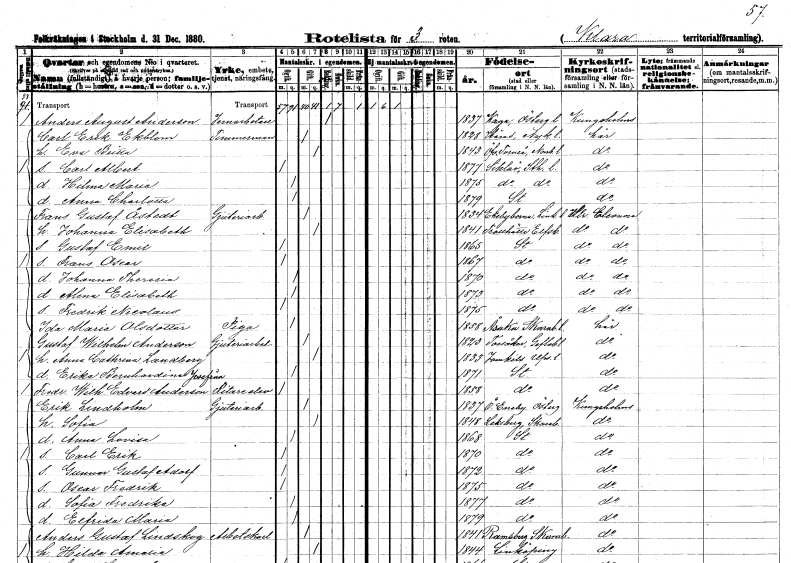
gt_parse: households: individuals: FN: Anders August
EN: Anderson
YRKE: Järnarbetare
KON: M
CIV: E
FODAR: 1837
FODFORS: Kaga Östergötlands län
FN: Carl Erik
EN: Ekblom
YRKE: Timmerman
KON: M
CIV: G
FODAR: 1828
FODFORS: Härad Södermanlands län
FN: Eva Britta
KON: K
CIV: G
FODAR: 1843
FODFORS: Övertorneå Norrbottens län
FN: Carl Albert
KON: M
CIV: O
FODAR: 1877
FODFORS: Sicklaö Stockholms län
FN: Hilma Maria
KON: K
CIV: O
FODAR: 1875
FODFORS: Sicklaö Stockholms län
FN: Anna Charlotta
KON: K
CIV: O
FODAR: 1879
FODFORS: Stockholm
FN: Frans Gustaf
EN: Åstedt
YRKE: Gjuteriarbetare
KON: M
CIV: G
FODAR: 1834
FODFORS: Ekebyborna Östergötlands län
FN: Johanna Elisabeth
KON: K
CIV: G
FODAR: 1841
FODFORS: Trollhättan Älvsborgs län
FN: Gustaf Emil
KON: M
CIV: O
FODAR: 1865
FODFORS: Stockholm
FN: Frans Oscar
KON: M
CIV: O
FODAR: 1867
FODFORS: Stockholm
FN: Johanna Theresia
KON: K
CIV: O
FODAR: 1870
FODFORS: Stockholm
FN: Alma Elisabeth
KON: K
CIV: O
FODAR: 1873
FODFORS: Stockholm
FN: Fredrik Nicolaus
KON: M
CIV: O
FODAR: 1875
FODFORS: Stockholm
FN: Ida Maria
EN: Olsdotter
YRKE: Piga
KON: K
CIV: O
FODAR: 1858
FODFORS: Åsaka Skaraborgs län
FN: Gustaf Wilhelm
EN: Anderson
YRKE: Gjuteriarbetare
KON: M
CIV: G
FODAR: 1823
FODFORS: Torsåker Gävleborgs län
FN: Anna Cathrina
EN: Landberg
KON: K
CIV: G
FODAR: 1833
FODFORS: Jumkil Uppsala län
FN: Erika Bernhardina Josefina
KON: K
CIV: O
FODAR: 1871
FODFORS: Stockholm
FN: Fredrik Wilhelm Edvard
EN: Anderson
YRKE: Ritareelev
KON: M
CIV: O
FODAR: 1858
FODFORS: Stockholm
FN: Erik
EN: Lindholm
YRKE: Gjuteriarbetare
KON: M
CIV: G
FODAR: 1837
FODFORS: Östra Eneby Östergötlands län
FN: Sofia
KON: K
CIV: G
FODAR: 1848
FODFORS: Leksberg Skaraborgs län
FN: Anna Lovisa
KON: K
CIV: O
FODAR: 1868
FODFORS: Stockholm
FN: Carl Erik
KON: M
CIV: O
FODAR: 1870
FODFORS: Stockholm
FN: Gunnar Gustaf Adolf
KON: M
CIV: O
FODAR: 1872
FODFORS: Stockholm
FN: Oscar Fredrik
KON: M
CIV: O
FODAR: 1875
FODFORS: Stockholm
FN: Sofia Fredrika
KON: K
CIV: O
FODAR: 1877
FODFORS: Stockholm
FN: Elfrida Maria
KON: K
CIV: O
FODAR: 1879
FODFORS: Stockholm
FN: Anders Gustaf
EN: Lindskog
YRKE: Arbetskarl
KON: M
CIV: G
FODAR: 1841
FODFORS: Ramsberg Örebro län
FN: Hilda Amalia
KON: K
CIV: G
FODAR: 1844
FODFORS: Linköping Östergötlands län